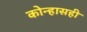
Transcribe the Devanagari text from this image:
कोन्हासही